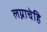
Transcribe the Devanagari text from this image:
लग्नाचेहि